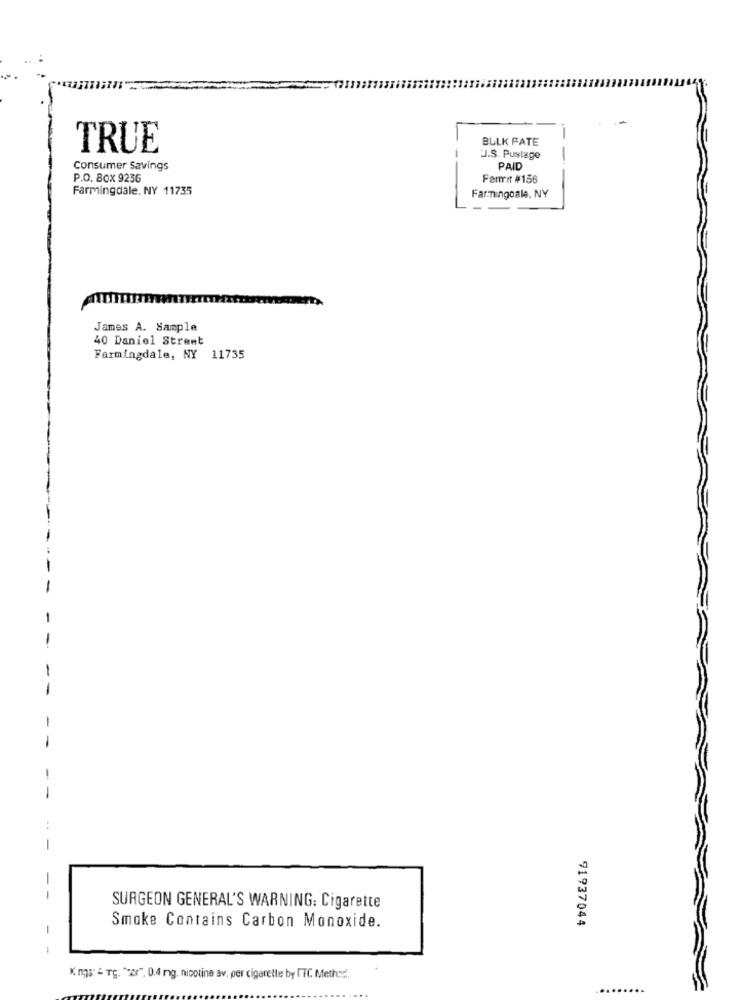
.-
BULK FATE
-
TRUE
J.S. Pustage
-
Consumer Savings
PAID
P.O. BOX 9236
Fermit #156
Farmingdale, NY 11735
Farmingoale, NY
James A. Sample
40 Daniel Strømt
Farmingdale, NY 11735
-
-
1
-
-
--
SURGEON GENERAL'S WARNING: Cigarette
91937044
Smoke Contains Carbon Monoxide.
-
-
K ngs: - Tg. "or", 0,4 mg. nipotine av, per cigarette by ITC Method.